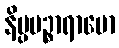
နိပ္ပပဉ္စာရာမော